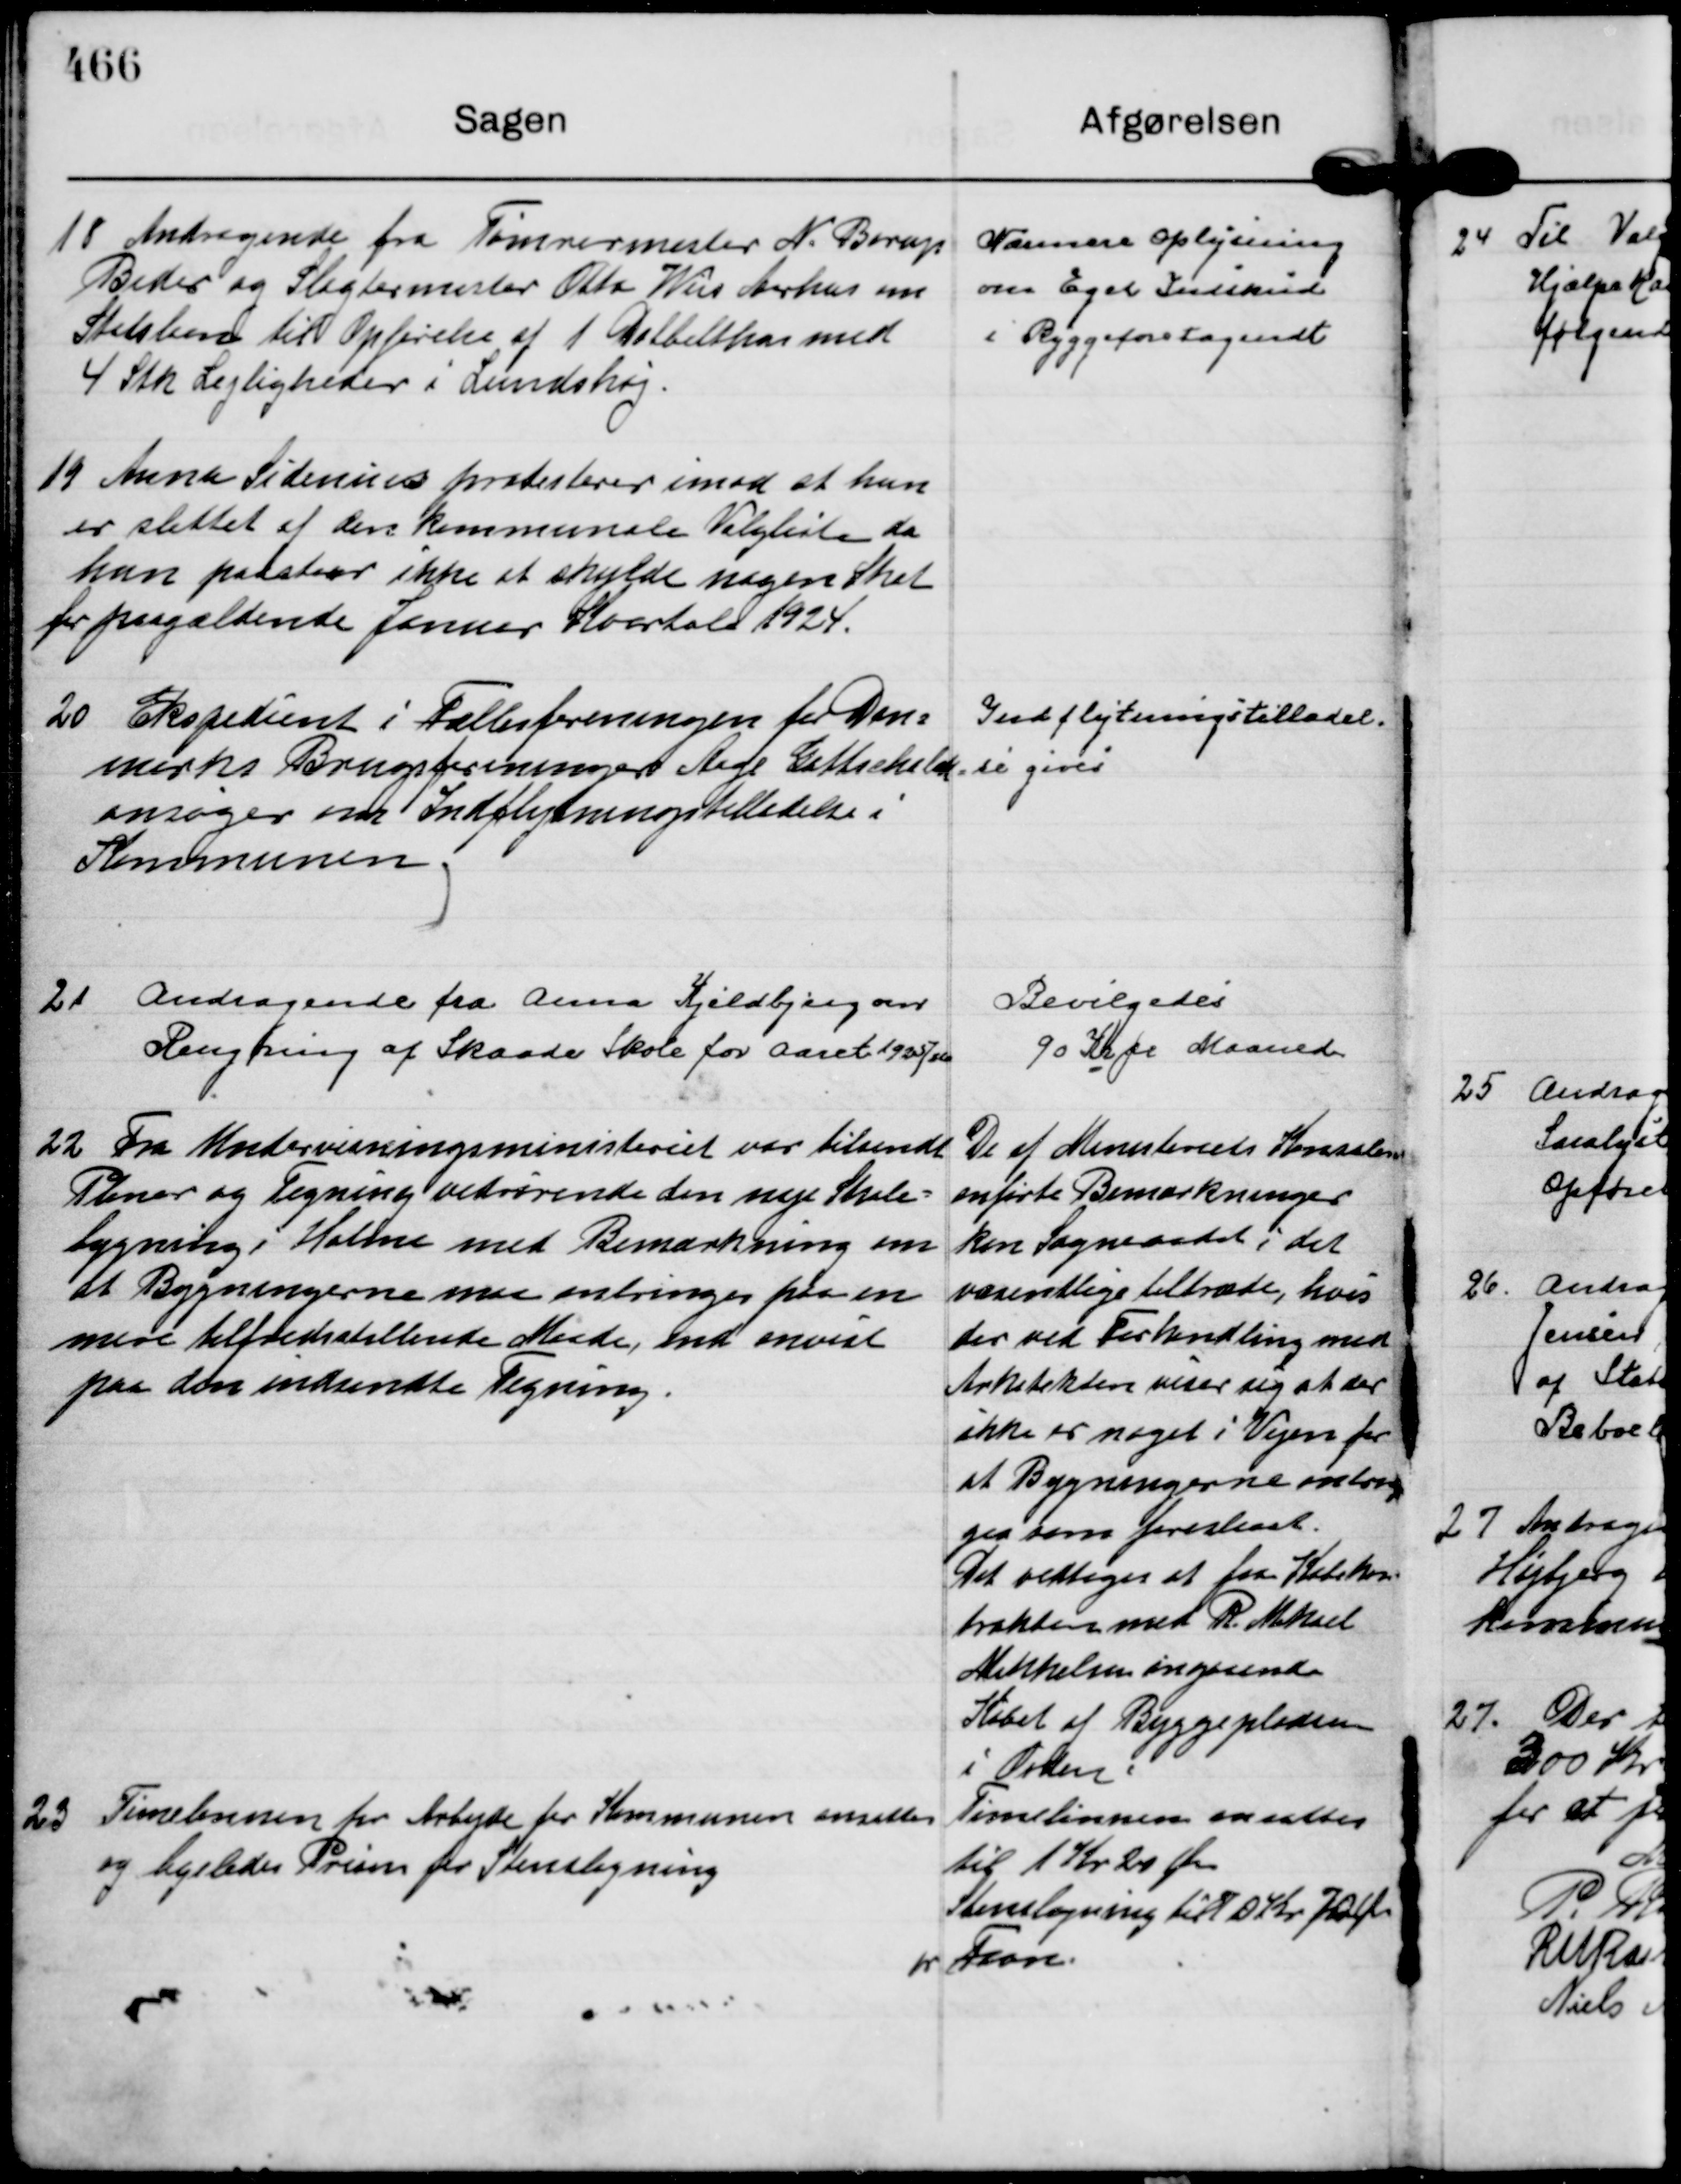
Transskription:
18
Andragende fra Tømrermester N. Borup
Beder og Slagtermester Otto Weis Aarhus om
Statslaan til Opførelse af 1 Dobbelthus med
4 Stk Lejligheder i Lundshøj.

Nærmere Oplysning
om Eget Indskud
i Byggeforetagendt

19
Anna Sidenius protesterer imod at hun
er slettet af den kommunale Valgliste da
hun paastaar ikke at skylde nogen Skat
for Paagældende Januar Kvartal 1924.

20
Ekspedient i Fællesforeningen for Dan=
marks Brugsforeninger Aage Gottschald
ansøger om Indflytningstilladelse i
Kommunen

Indflytningstilladel=
se gives

21
Andragende fra Anna Kjeldbjerg om
Rengøring af Skaade Skole for Aaret 1925/26

Bevilgedes
90 Kr pr Maaned

22
Fra Undervisningsministeriet var tilsendt
Planer og Tegning vedrørende den nye Skole=
bygning i Holme med Bemærkning om
at Bygningerne maa anbringes paa en
mere tilfredsstillende Maade, end anvist
paa den indsendte Tegning.

De af Ministeriets Konsaler
anførte Bemærkninger 
kan Sogneraadet i det
væsentlige tiltræde, hvis
der ved Forhandling med
Arkitekten viser sig at der
ikke er noget i Vejen for
at Bygningerne anbrin 
ges som foreslaaet.
Det vedtoges at faa Købskon=
trakten med R. Mikael
Mikkelsen angaaende
Købet af Byggepladsen
i orden.

23
Timelønnen for Arbejde for Kommunen ansattes
og ligeledes Prisen for Stenslagning

Timelønnen ansattes
til 1 Kr 20 Øre
Stenslagning til 70 Kr 70 Øre
pr Favn.